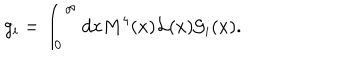
g _ { i } = \int _ { 0 } ^ { \infty } d x M ^ { 4 } ( x ) { \cal L } ( x ) { \cal G } _ { i } ( x ) .